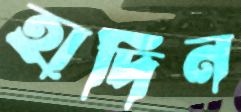
হার্দিন